Mental hospitals Bombay report 1921-28 - 1921-1928
Year: 1921
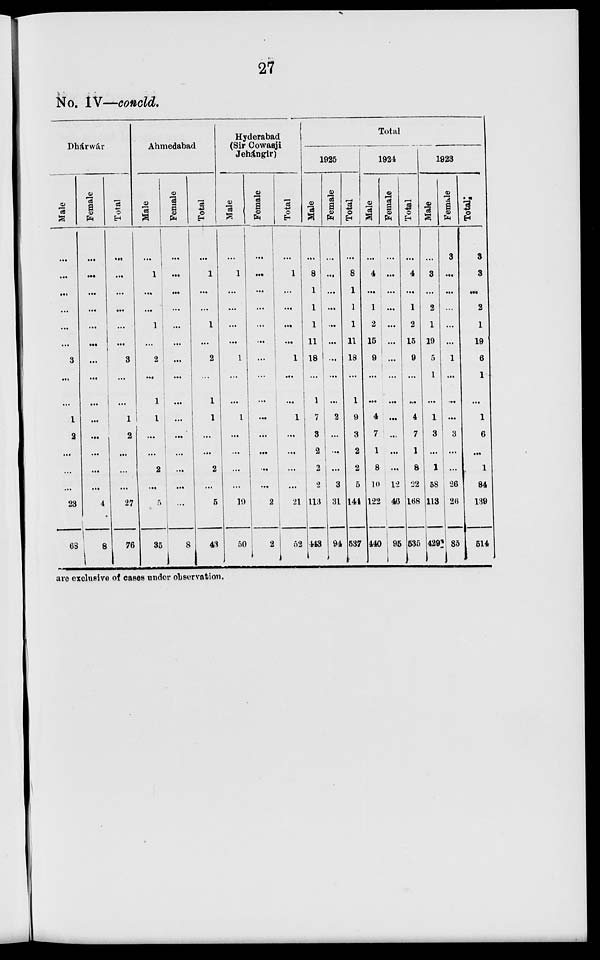
27
No. IV—concld.
Dhárwár
Male
...
...
...
...
...
...
3
...
...
1
2
...
...
...
23
68
Female
...
...
...
...
...
...
...
...
...
...
...
...
...
...
4
8
Total
...
...
...
...
...
...
3
...
...
1
2
...
...
...
27
76
Ahmedabad
Male
...
1
...
...
1
...
2
...
1
1
...
...
2
...
5
35
Female
...
...
...
...
...
...
...
...
...
...
...
...
...
...
...
8
Total
...
1
...
...
1
...
2
...
1
1
...
...
2
...
5
43
Hyderabad
(Sir Cowasji
Jehángir)
Male
...
1
...
...
...
...
1
...
...
1
...
...
...
...
19
50
Female
...
...
...
...
...
...
...
...
...
...
...
...
...
...
2
2
Total
...
1
...
...
...
...
1
...
...
1
...
...
...
...
21
52
Total
1925
Male
...
8
1
1
1
11
18
...
1
7
3
2
2
2
113
443
Female
...
...
...
...
...
...
...
...
...
2
...
...
...
3
31
94
Total
...
8
1
1
1
11
18
...
1
9
3
2
2
5
144
537
1924
Male
4
...
1
2
15
9
...
...
4
7
1
8
10
122
440
Female
...
...
...
...
...
...
...
...
...
...
...
...
12
46
95
Total
4
...
1
2
15
9
...
...
4
7
1
8
22
168
535
1923
Male
...
3
...
2
1
19
5
1
...
1
3
...
1
58
113
429
Female
3
...
...
...
...
...
1
...
...
...
3
...
...
26
26
85
Total
3
3
...
2
1
19
6
1
...
1
6
...
1
84
139
514
are exclusive of cases under observation.